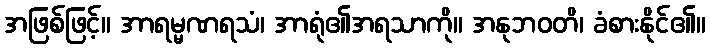
အဖြစ်ဖြင့်။ အာရမ္မဏရသံ၊ အာရုံ၏အရသာကို။ အနုဘဝတိ၊ ခံစားနိုင်၏။